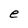
Character: e